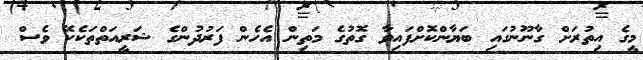
މީގެ އިތުރަށް ގާނޫނުގައި ބަޔާންކޮށްފައިވާ ގޮތުގެ މަތިން އެހެން ފަރުދުންގެ ޝަރީއަތްތަކެކޭ ވެސް